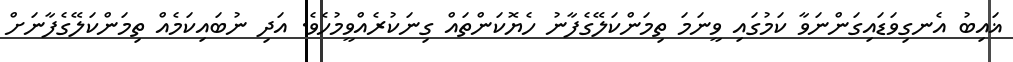
ޣައިބު އެނގިވަޑައިގަންނަވާ ކަމުގައި ވީނަމަ ތިމަންކަލޭގެފާނު ހެޔޮކަންތައް ގިނަކުރެއްވީމުހެވެ. އަދި ނުބައިކަމެއް ތިމަންކަލޭގެފާނަށް